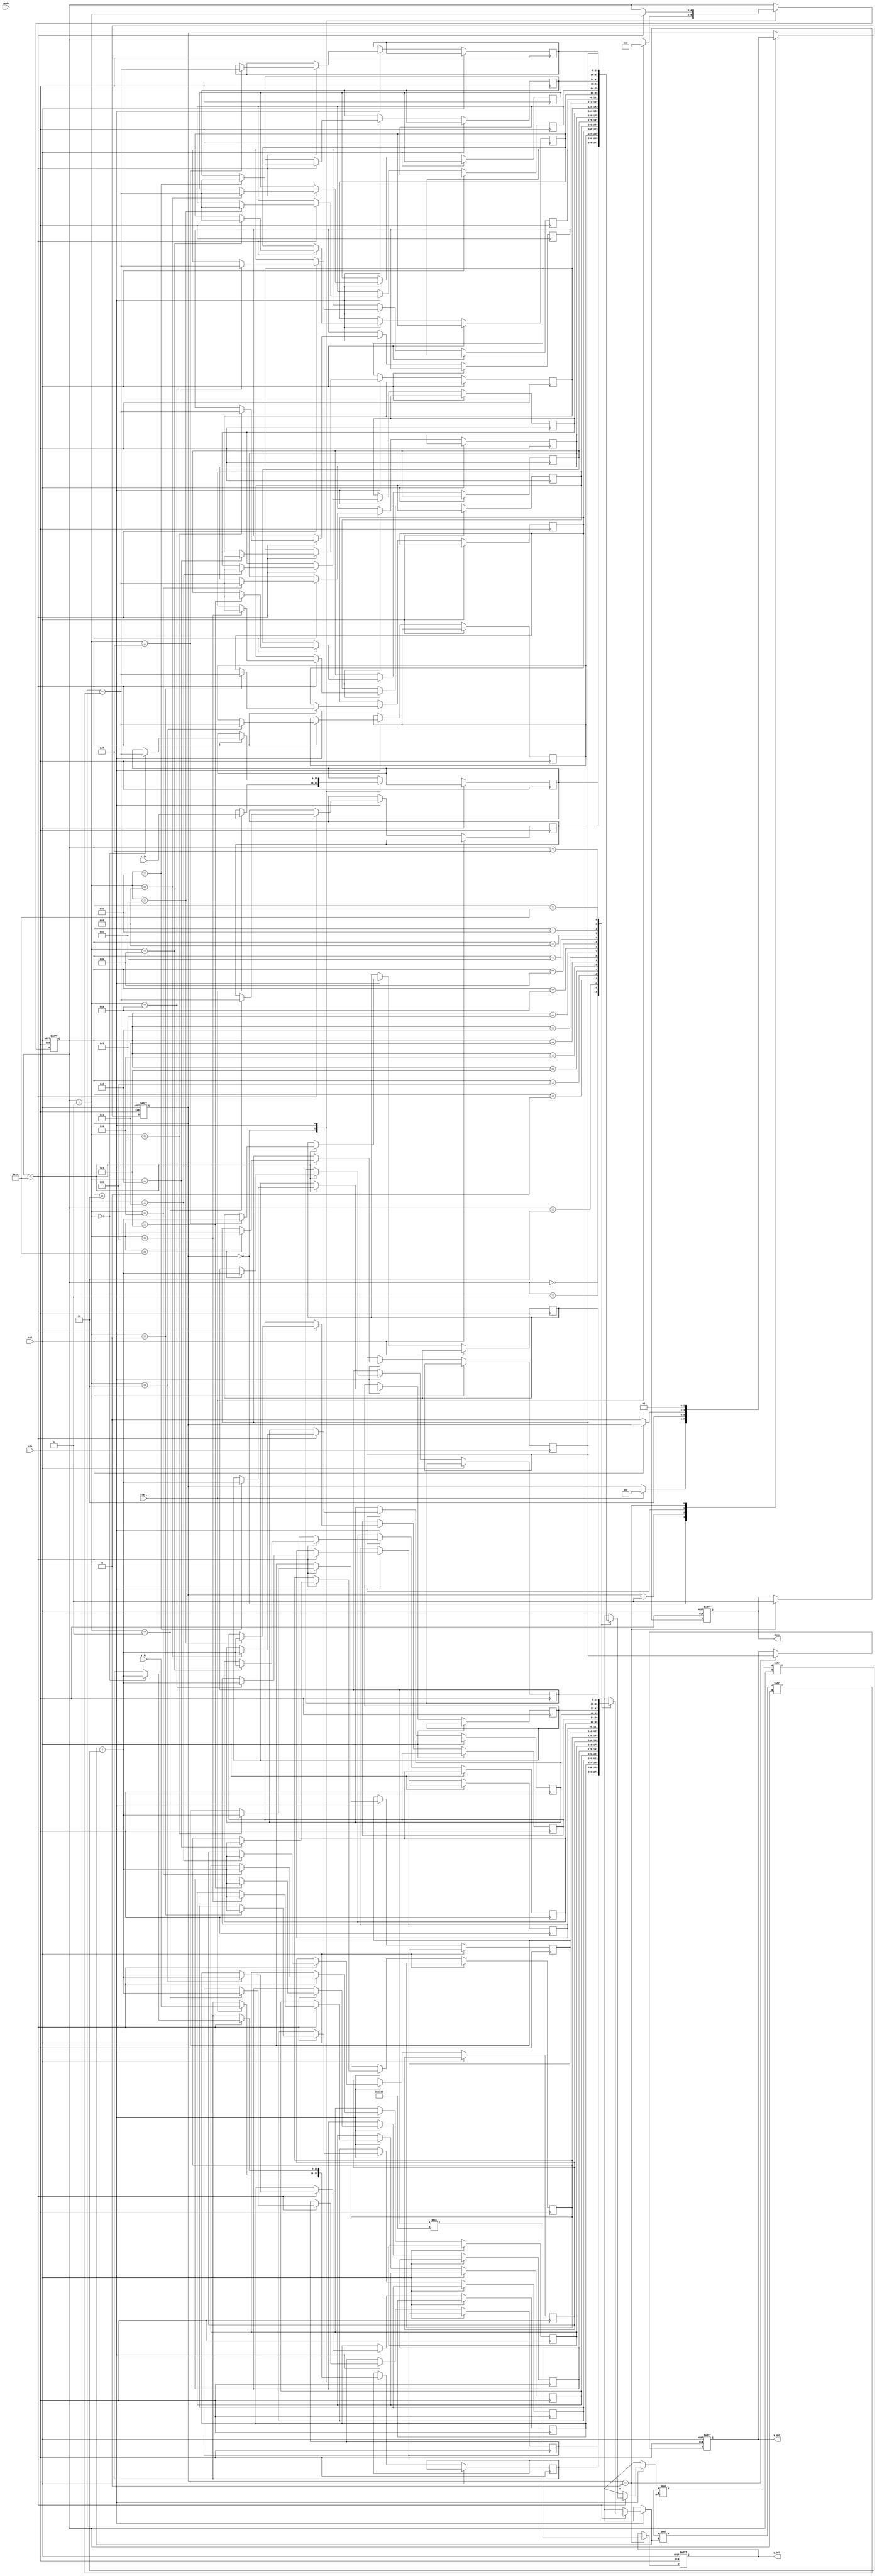
module modified_cordic #(
    parameter WIDTH = 16,        // Width of the fixed-point representation
    parameter ITERATIONS = 16    // Number of iterations
)(
    input wire clk,
    input wire rst,
    input wire start,
    input wire signed [WIDTH-1:0] x_in,  // Input x coordinate
    input wire signed [WIDTH-1:0] y_in,  // Input y coordinate or angle
    input wire mode,                   // 0 = Rotation Mode, 1 = Vectoring Mode
    output reg signed [WIDTH-1:0] x_out, // Output x coordinate
    output reg signed [WIDTH-1:0] y_out, // Output y coordinate or angle
    output reg done                   // Operation completion signal
);

    reg [4:0] iteration;               // Counter for iterations
    reg signed [WIDTH-1:0] x [0:ITERATIONS]; // x values for each iteration
    reg signed [WIDTH-1:0] y [0:ITERATIONS]; // y values for each iteration
    reg signed [WIDTH-1:0] angle;      // Current angle
    wire signed [WIDTH-1:0] atan_table [0:ITERATIONS-1]; // Atan lookup table
    reg signed [WIDTH-1:0] K;          // Scaling factor
    reg [1:0] state;                   // FSM state

    // FSM States
    localparam IDLE = 2'b00,
               INIT = 2'b01,
               ITERATE = 2'b10,
               OUTPUT = 2'b11;

    // Initialize atan values (example values for 16 iterations)
    initial begin
        atan_table[0] = 16'h26DD; // atan(1/1)
        atan_table[1] = 16'h1DAC; // atan(1/3)
        atan_table[2] = 16'h1C71; // atan(1/7)
        // Fill the rest of the atan_table as needed
    end

    // Scaling factor initialization
    initial begin
        K = 16'hA5D0; // Example scale factor for 16 iterations
    end

    // FSM Control
    always @(posedge clk or posedge rst) begin
        if (rst) begin
            state <= IDLE;
            done <= 0;
            iteration <= 0;
            x_out <= 0;
            y_out <= 0;
        end else begin
            case (state)
                IDLE: begin
                    if (start) begin
                        state <= INIT;
                        x[0] <= x_in;
                        y[0] <= y_in;
                        iteration <= 0;
                    end
                end
                INIT: begin
                    // Initialization step
                    angle <= mode ? y_in : 0; // Set angle for vectoring mode
                    state <= ITERATE;
                end
                ITERATE: begin
                    if (iteration < ITERATIONS) begin
                        // CORDIC Rotation Logic
                        if (mode) begin
                            // Vectoring mode update equations
                            // Use angle to determine d_i
                        end else begin
                            // Rotation mode update equations
                            // Use angle to determine d_i
                        end

                        // Update x and y values based on the CORDIC equations
                        x[iteration + 1] <= x[iteration] - (d_i * y[iteration] >> iteration);
                        y[iteration + 1] <= y[iteration] + (d_i * x[iteration] >> iteration);

                        iteration <= iteration + 1;
                    end else begin
                        state <= OUTPUT;
                    end
                end
                OUTPUT: begin
                    // Final output adjustments and scaling
                    x_out <= x[ITERATIONS];
                    y_out <= y[ITERATIONS] * K; // Apply scaling
                    done <= 1; // Signal that operation is complete
                    state <= IDLE; // Return to idle
                end
            endcase
        end
    end

endmodule